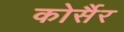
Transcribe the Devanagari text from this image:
कोर्सैर